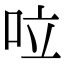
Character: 㕸